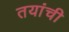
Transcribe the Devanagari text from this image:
तयांची